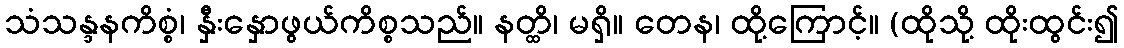
သံသန္ဒနကိစ္စံ၊ နှီးနှောဖွယ်ကိစ္စသည်။ နတ္ထိ၊ မရှိ။ တေန၊ ထို့ကြောင့်။ (ထိုသို့ ထိုးထွင်း၍